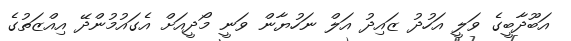
އަބޫދާބީގެ ވަލީ އަހުދު ޒައިދު އަލް ނަހުޔާން ވަނީ މޯދީއަށް އެގައުމުންދޭ އިއްޒަތުގެ